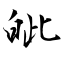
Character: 皉